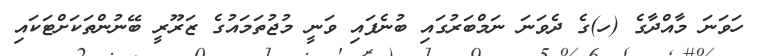
ހަވަނަ މާއްދާގެ (ހ)ގެ ދެވަނަ ނަމްބަރުގައި ބުނެފައި ވަނީ މުޖުތަމައުގެ ޒަރޫރީ ބޭނުންތަކަށްޓަކައި